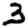
Digit: 3